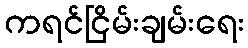
ကရင်ငြိမ်းချမ်းရေး